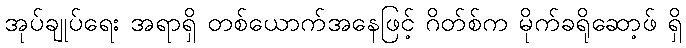
အုပ်ချုပ်ရေး အရာရှိ တစ်ယောက်အနေဖြင့် ဂိတ်စ်က မိုက်ခရိုဆော့ဖ် ရှိ